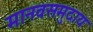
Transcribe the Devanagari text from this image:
मानवसमुदाय